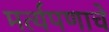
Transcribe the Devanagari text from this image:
मर्त्यपणाचे